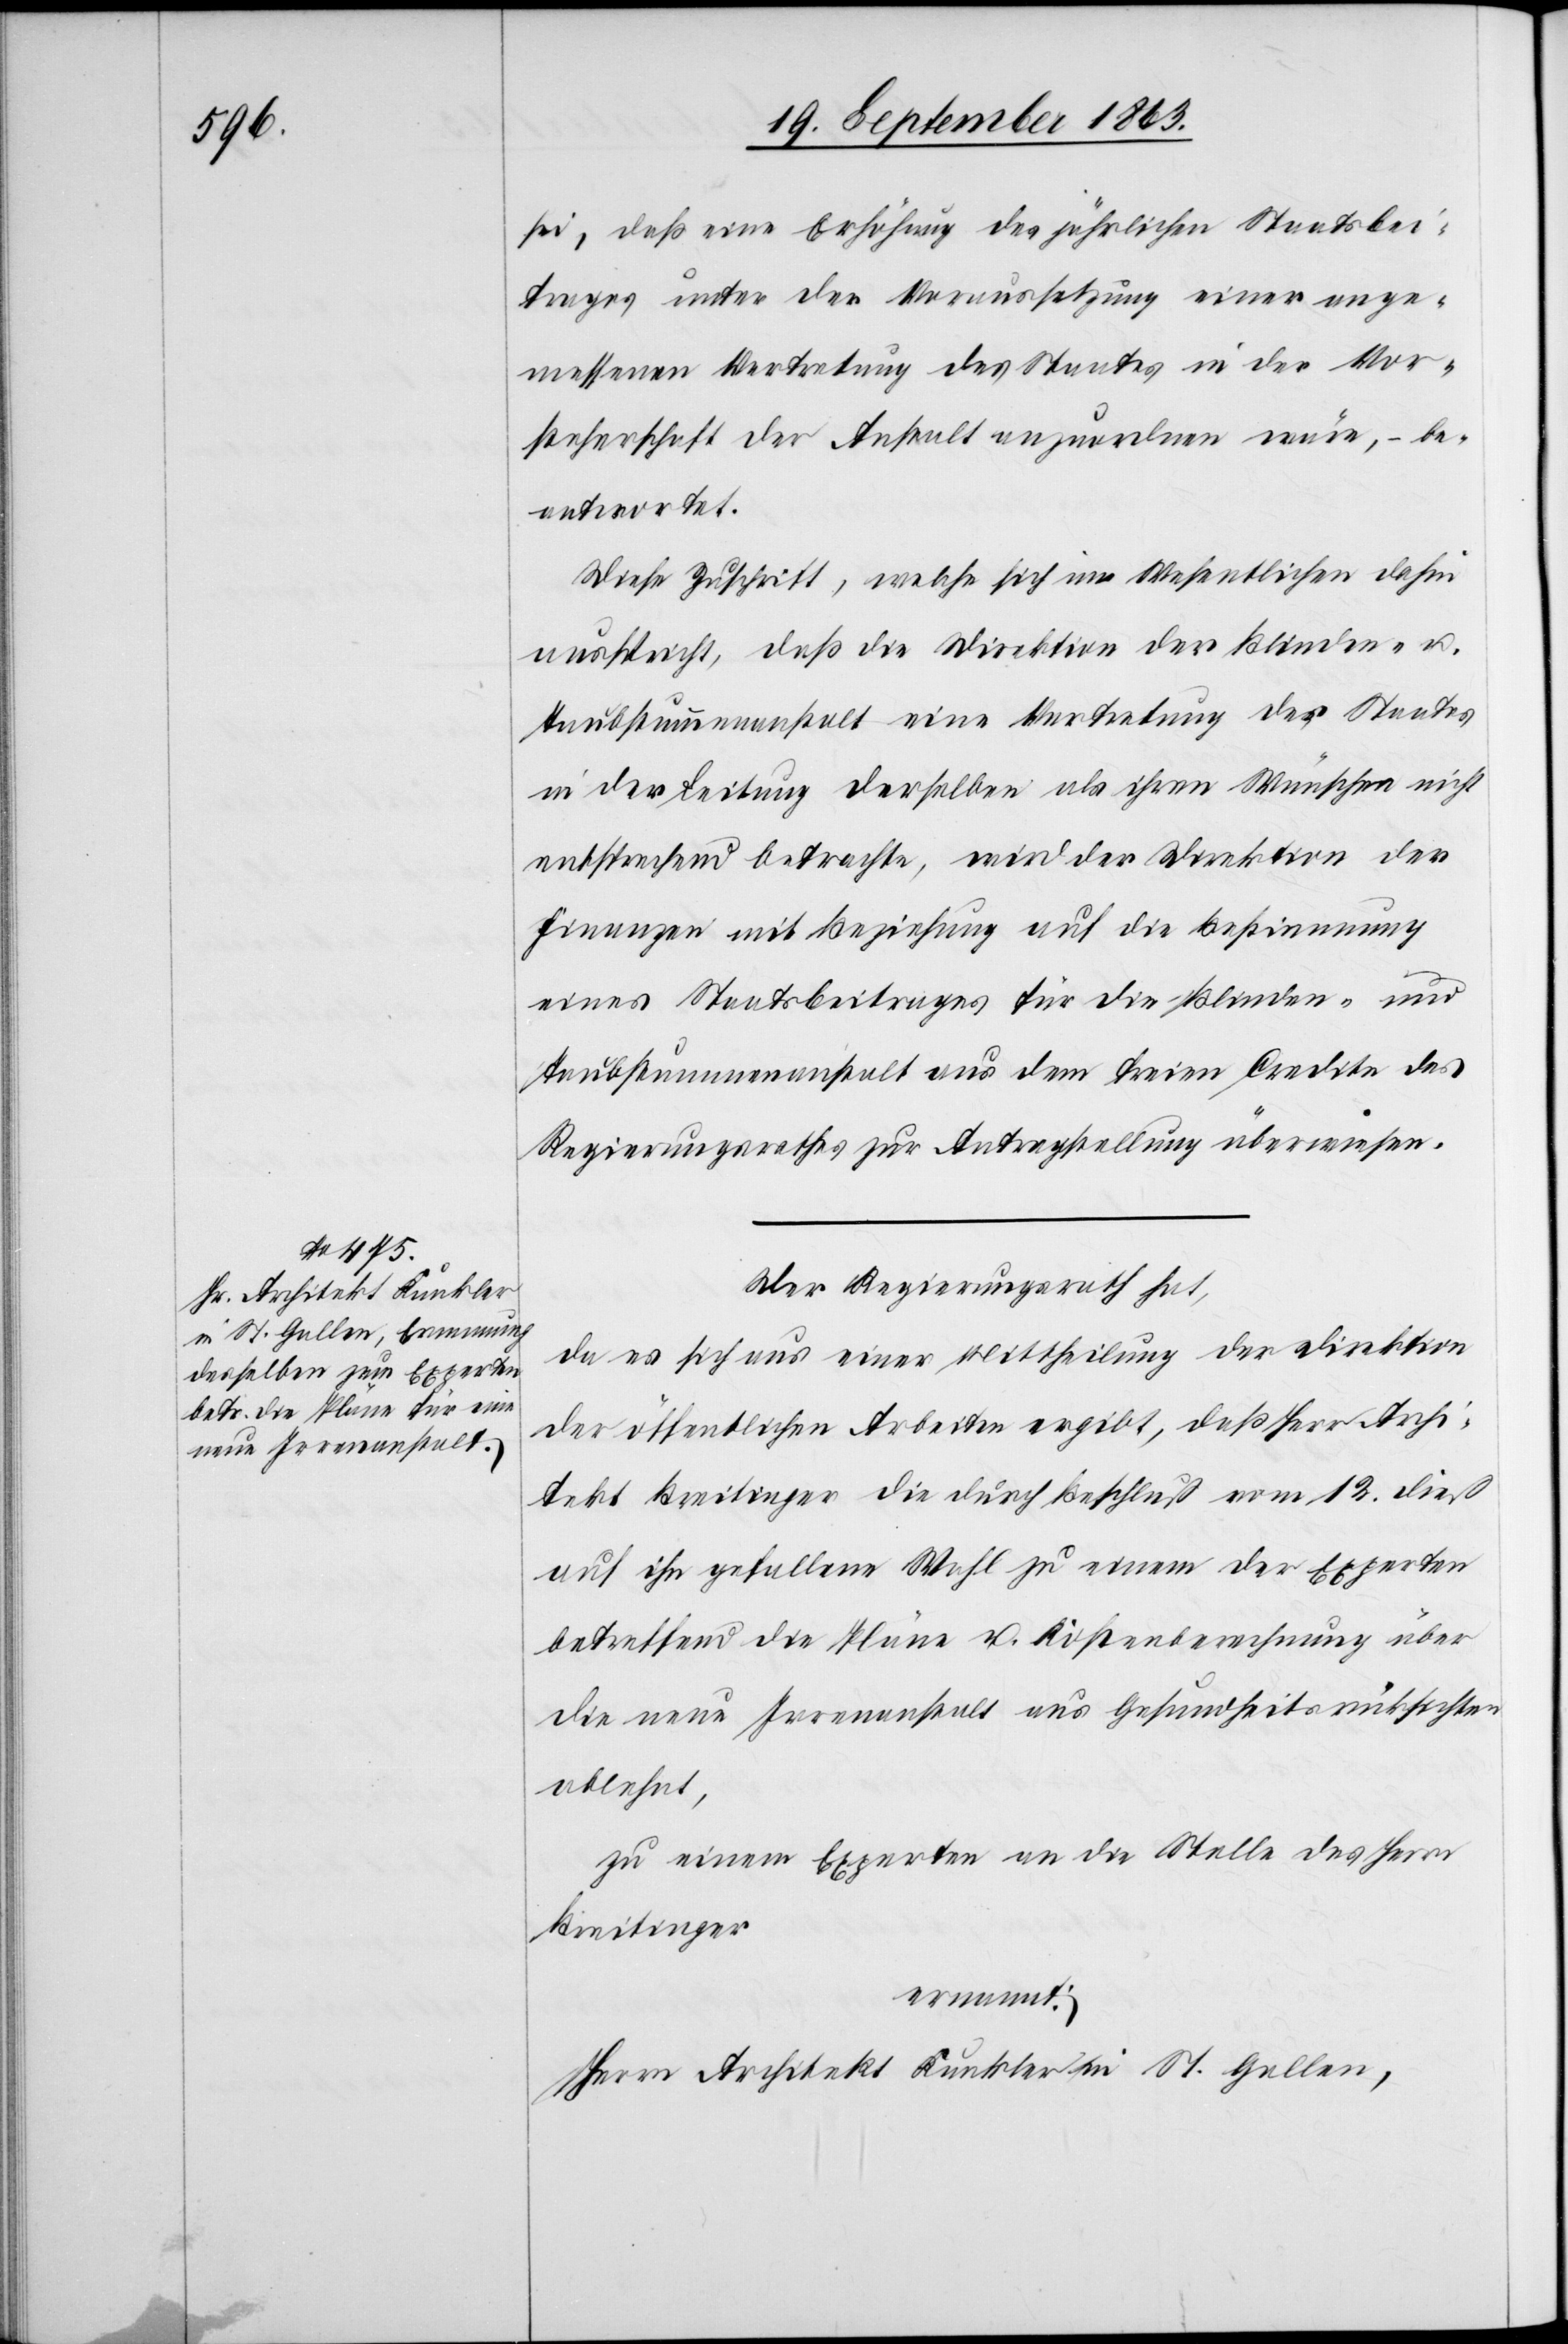
sei, daß eine Erhöhung des jährlichen Staatsbei¬
trages unter der Voraussetzung einer ange¬
messenen Vertretung des Staates in der Vor¬
steherschaft der Anstalt anzuordnen wäre, – be¬
antwortet.
Diese Zuschrift, welche sich im Wesentlichen dahin
ausspricht, daß die Direktion der Blinden- u.
Taubstummenanstalt eine Vertretung des Staates
in der Leitung derselben als ihren Wünschen nicht
entsprechend betrachte, wird der Direktion der
Finanzen mit Beziehung auf die Bestimmung
eines Staatsbeitrages für die Blinden- und
Taubstummenanstalt aus dem freien Credite des
Regierungsrathes zur Antragstellung überwiesen.
Der Regierungsrath hat,
da es sich aus einer Mittheilung der Direktion
der öffentlichen Arbeiten ergibt, daß Herr Archi¬
tekt Breitinger die durch Beschluß vom 12. dieß
auf ihn gefallene Wahl zu einem der Experten
betreffend die Pläne u. Kostenberechnung über
die neue Irrenanstalt aus Gesundheitsrücksichten
ablehnt,
zu einem Experten an die Stelle des Herrn
Breitinger
ernannt:
Herrn Architekt Kunkler in St. Gallen,